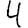
Digit: 4